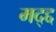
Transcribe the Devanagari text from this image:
मद्द्द